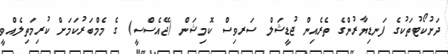
ދަށުކޯޓުތަކުގެ ފަނޑިޔާރުންގެ ތެރެއިން ޖުޑީޝަލް ސަރވިސް ކޮމިޝަން (ޖޭއެސްސީ) ގެ މެމްބަރުކަމަށް ކުރިމަތިލެއްވީ